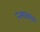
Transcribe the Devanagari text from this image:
न्ज्फ्ज्ब्स्ब